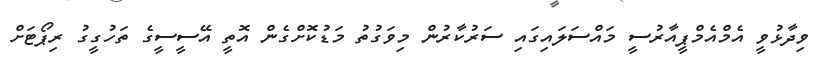
ވިދާޅުވީ އެމްއެމްޕީއާރުސީ މައްސަލައިގައި ސަރުކާރުން މިވަގުތު މަޑުކޮށްގެން އޮތީ އޭސީސީގެ ތަހުގީގު ރިޕޯޓަށް